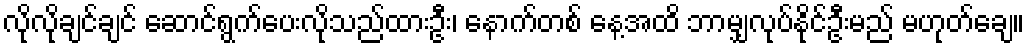
လိုလိုချင်ချင် ဆောင်ရွက်ပေးလိုသည်ထားဦး၊ နောက်တစ် နေ့အထိ ဘာမျှလုပ်နိုင်ဦးမည် မဟုတ်ချေ။